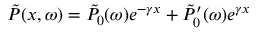
\Tilde { P } ( x , \omega ) = \Tilde { P } _ { 0 } ( \omega ) e ^ { - \gamma x } + \Tilde { P } _ { 0 } ^ { \prime } ( \omega ) e ^ { \gamma x }